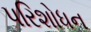
પરિશોધન